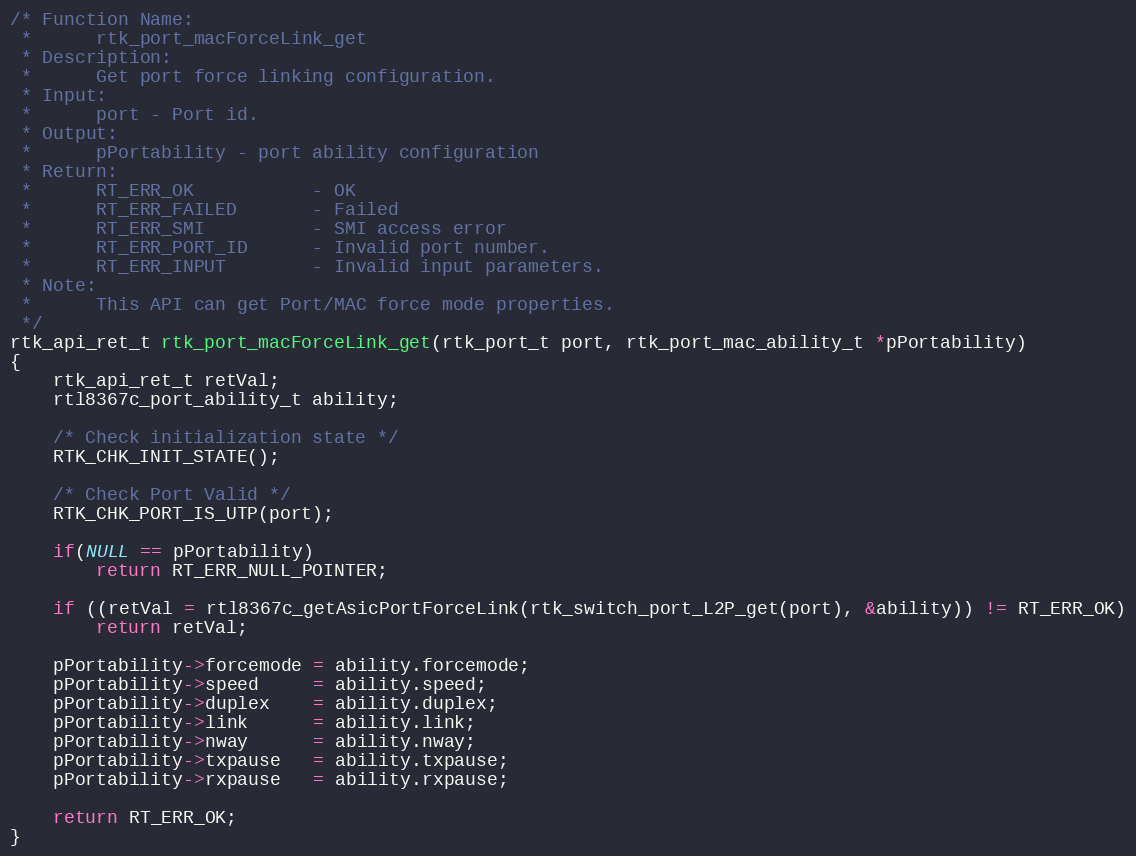
Language: C
/* Function Name:
 *      rtk_port_macForceLink_get
 * Description:
 *      Get port force linking configuration.
 * Input:
 *      port - Port id.
 * Output:
 *      pPortability - port ability configuration
 * Return:
 *      RT_ERR_OK           - OK
 *      RT_ERR_FAILED       - Failed
 *      RT_ERR_SMI          - SMI access error
 *      RT_ERR_PORT_ID      - Invalid port number.
 *      RT_ERR_INPUT        - Invalid input parameters.
 * Note:
 *      This API can get Port/MAC force mode properties.
 */
rtk_api_ret_t rtk_port_macForceLink_get(rtk_port_t port, rtk_port_mac_ability_t *pPortability)
{
    rtk_api_ret_t retVal;
    rtl8367c_port_ability_t ability;

    /* Check initialization state */
    RTK_CHK_INIT_STATE();

    /* Check Port Valid */
    RTK_CHK_PORT_IS_UTP(port);

    if(NULL == pPortability)
        return RT_ERR_NULL_POINTER;

    if ((retVal = rtl8367c_getAsicPortForceLink(rtk_switch_port_L2P_get(port), &ability)) != RT_ERR_OK)
        return retVal;

    pPortability->forcemode = ability.forcemode;
    pPortability->speed     = ability.speed;
    pPortability->duplex    = ability.duplex;
    pPortability->link      = ability.link;
    pPortability->nway      = ability.nway;
    pPortability->txpause   = ability.txpause;
    pPortability->rxpause   = ability.rxpause;

    return RT_ERR_OK;
}